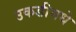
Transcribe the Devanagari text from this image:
उकडीमधे